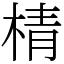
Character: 棈